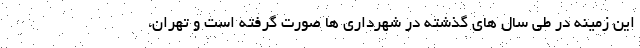
این زمینه در طی سال های گذشته در شهرداری ها صورت گرفته است و تهران،